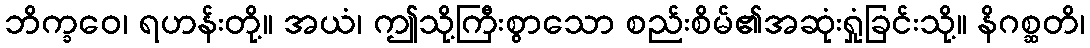
ဘိက္ခဝေ၊ ရဟန်းတို့။ အယံ၊ ဤသို့ကြီးစွာသော စည်းစိမ်၏အဆုံးရှုံခြင်းသို့။ နိဂစ္ဆတိ၊